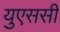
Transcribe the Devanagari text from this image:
युएससी